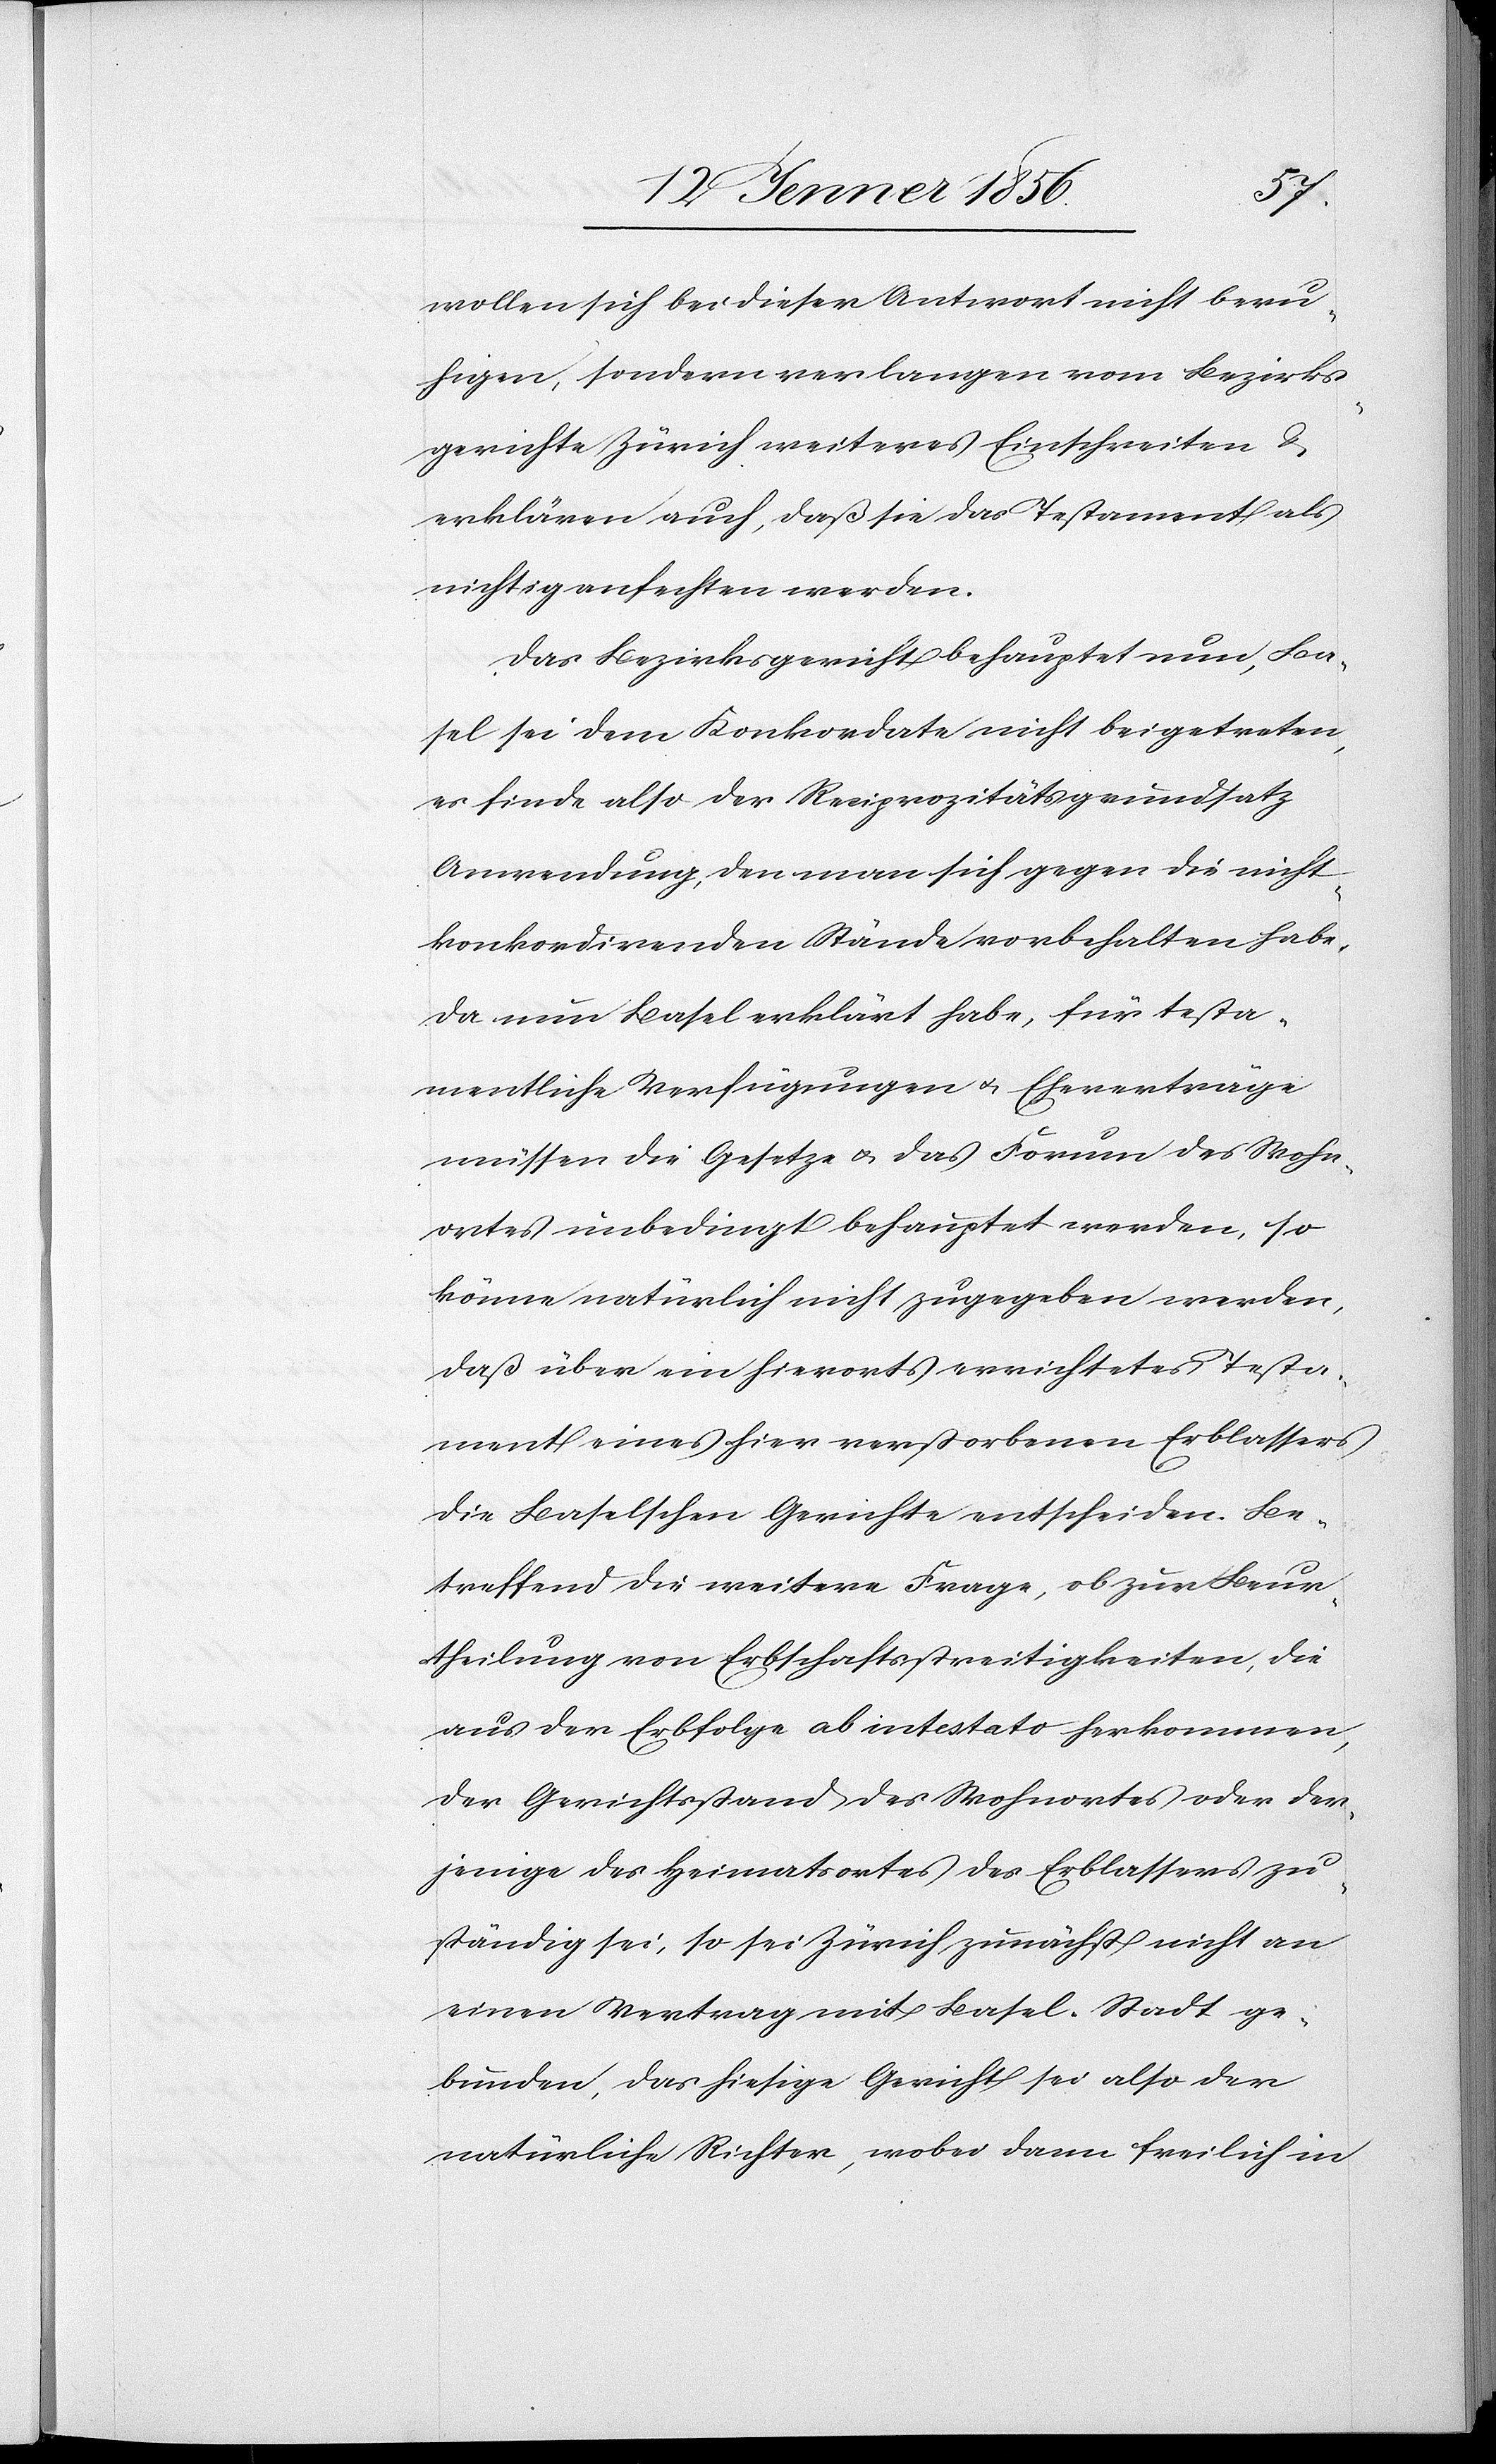
wollen sich bei dieser Antwort nicht beru¬
higen, sondern verlangen vom Bezirks¬
gerichte Zürich weiteres Einschreiten &
erklären auch, daß sie das Testament als
nichtig anfechten werden.
Das Bezirksgericht behauptet nun, Ba¬
sel sei dem Konkordate nicht beigetreten,
es finde also der Reziprozitätsgrundsatz
Anwendung, den man sich gegen die nicht
konkordierenden Stände vorbehalten habe,
da nun Basel erklärt habe, für testa¬
mentliche Verfügungen u. Ehrverträge
müssen die Gesetze u. das Forum des Wohn¬
ortes unbedingt behauptet werden, so
könne natürlich nicht zugegeben werden,
daß über ein hierorts errichtetes Testa¬
ment eines hier verstorbenen Erblassers
die Baselschen Gerichte entscheiden. Be¬
treffend die weitere Frage, ob zur Beur¬
theilung von Erbschaftsstreitigkeiten, die
aus der Erbfolge ab intestato herkommen,
der Gerichtsstand des Wohnortes oder der¬
jenige des Heimatsortes des Erblassers zu¬
ständig sei, so sei Zürich zunächst nicht an
einen Vertrag mit Basel-Stadt ge¬
bunden, das hiesige Gericht sei also der
natürliche Richter, wobei dann freilich in